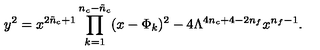
y ^ { 2 } = x ^ { 2 \tilde { n } _ { c } + 1 } \prod _ { k = 1 } ^ { n _ { c } - \tilde { n } _ { c } } ( x - \Phi _ { k } ) ^ { 2 } - 4 \Lambda ^ { 4 n _ { c } + 4 - 2 n _ { f } } x ^ { n _ { f } - 1 } .